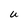
Character: u